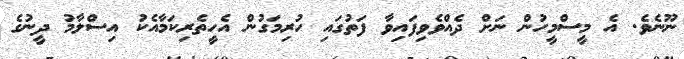
ނޫނެވެ. އެ މީސްމީހުން ނަށް ދެއްވެވިފައިވާ ފަތުގައި ހުރިމަގުން އެހީތެރިކަމާއެކު އިސްލާމު ދީނުގެ